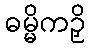
ဓမ္မိကဉှိ